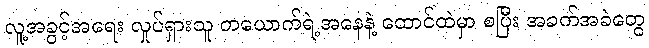
လူ့အခွင့်အရေး လှုပ်ရှားသူ တယောက်ရဲ့အနေနဲ့ ထောင်ထဲမှာ စပြီး အခက်အခဲတွေ